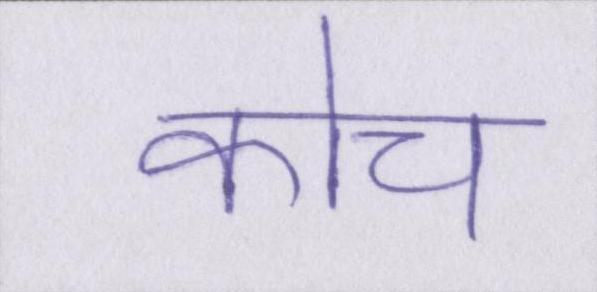
कोच